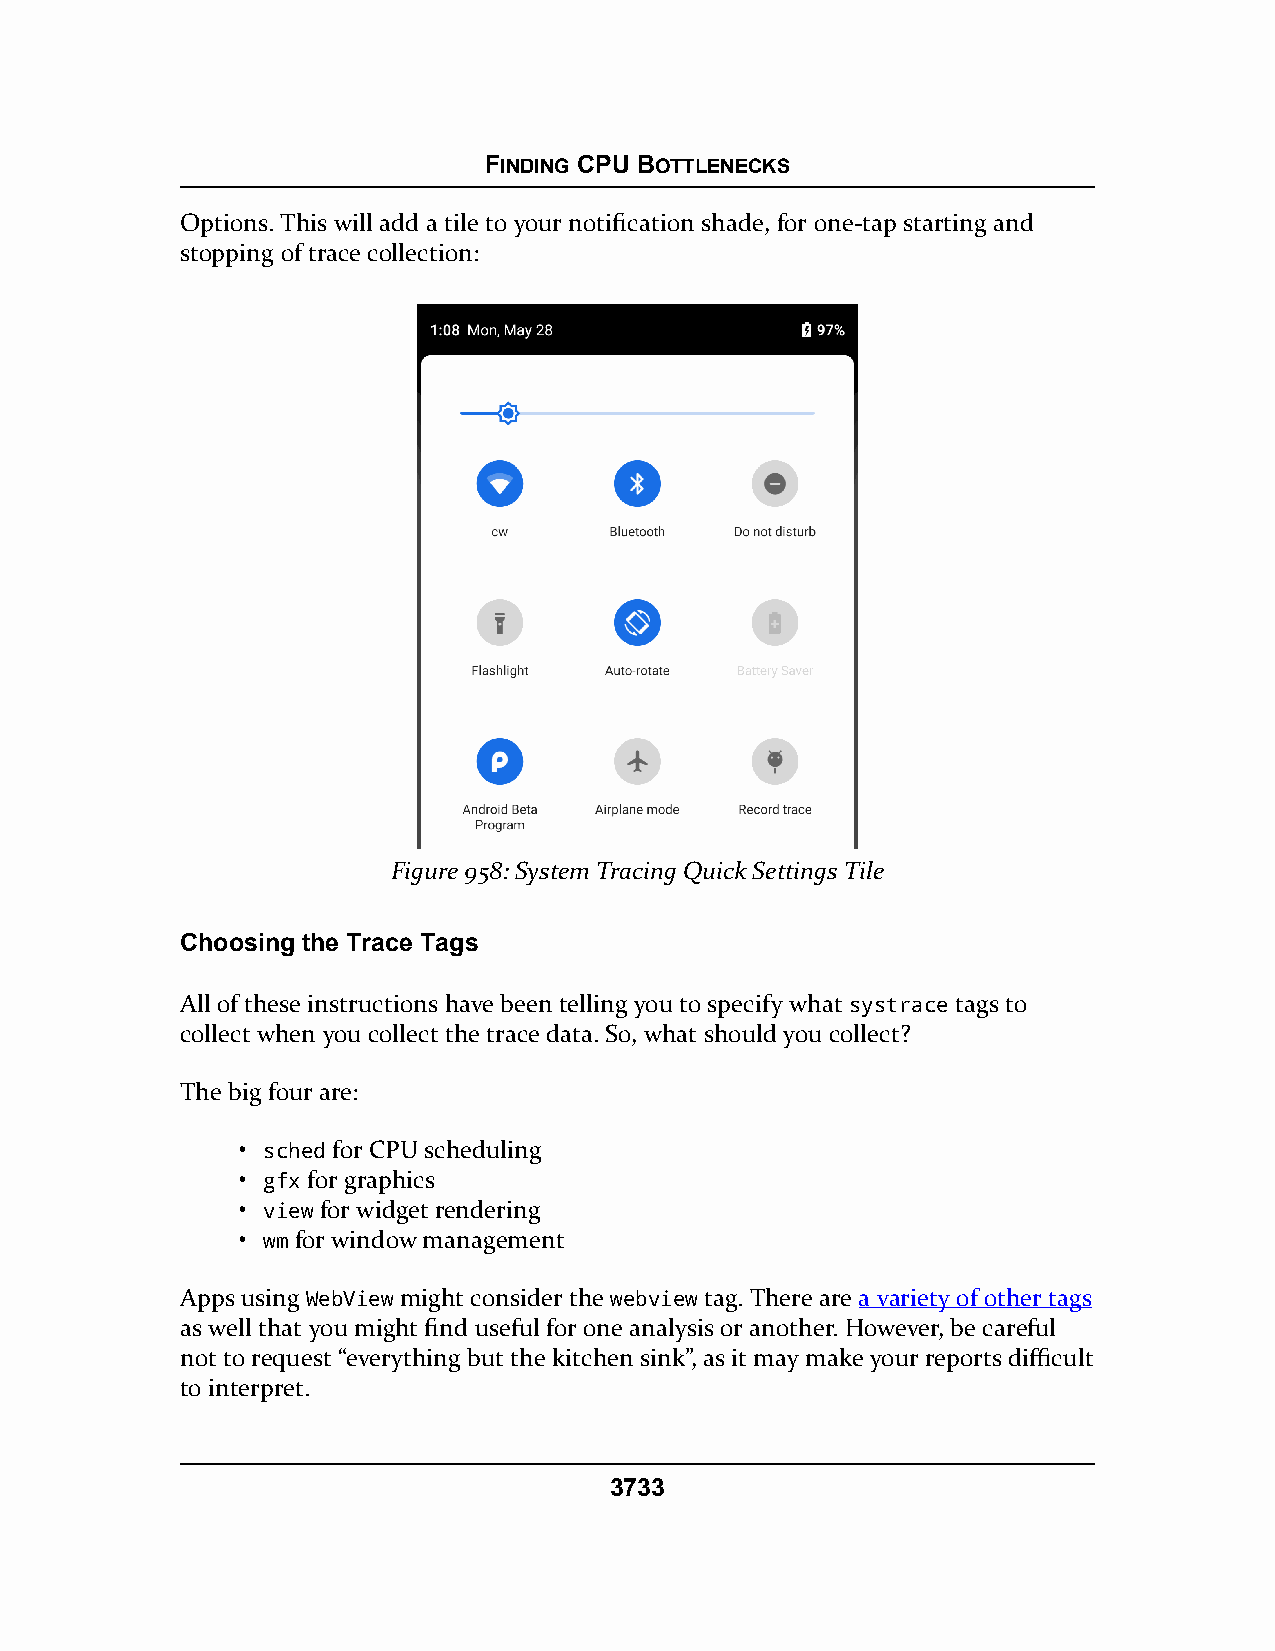
FINDING CPU BOTTLENECKS
 Options. This will add a tile to your notification shade, for one-tap starting and
 stopping of trace collection:
 Figure 958: System Tracing Quick Settings Tile
 Choosing the Trace Tags
 All of these instructions have been telling you to specify what systrace tags to
 collect when you collect the trace data. So, what should you collect?
 The big four are:
 • sched for CPU scheduling
 • gfx for graphics
 • view for widget rendering
 • wm for window management
 Apps using WebView might consider the webview tag. There are a variety of other tags
 as well that you might find useful for one analysis or another. However, be careful
 not to request “everything but the kitchen sink”, as it may make your reports difficult
 to interpret.
 3733